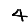
Digit: 4